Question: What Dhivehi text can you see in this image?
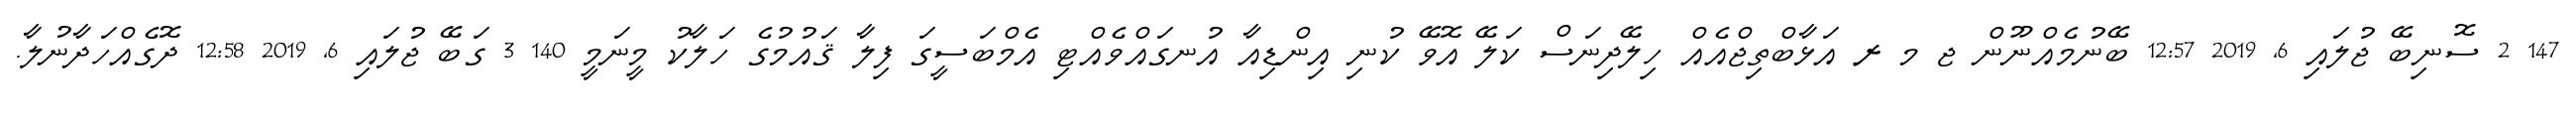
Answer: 147 2 ސޮނިބޭ ޖުލައި 6, 2019 12:57 ބޭނުމެއްނޫން ޖ މ ރ އަޅާބްތިޖްއެއް ހިލޭދިނަސް ކަލޭ އޮވޭ ކުނި އިންޑިއާ އުނގައްވެއްޓި އެމްބަސީގަ ފިލާ ޤައުމުގެ ހަލާކު މީނަމީ 140 3 ގަބޭ ޖުލައި 6, 2019 12:58 ދޮގެއްހަދާނުލާ.